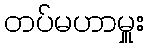
တပ်မဟာမှူး